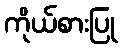
ကိုယ်စားပြု